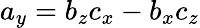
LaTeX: a_{y}=b_{z}c_{x}-b_{x}c_{z}